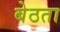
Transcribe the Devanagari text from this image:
बेठता